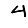
Digit: 4